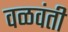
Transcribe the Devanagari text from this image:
वळवंती